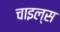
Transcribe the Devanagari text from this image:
चाइल्स